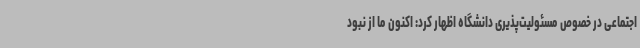
اجتماعی در خصوص مسئولیت‌پذیری دانشگاه اظهار کرد: اکنون ما از نبود